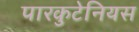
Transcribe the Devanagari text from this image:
पारकुटेनियस